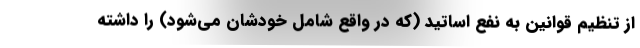
از تنظیم قوانین به نفع اساتید (که در واقع شامل خودشان می‌شود) را داشته